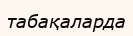
табақаларда